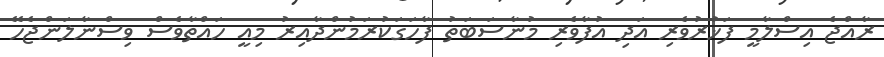
ރާއްޖެ އިސްލާމީ ފަޚުރުވެރި އަދި އުފާވެރި މުނާސަބަތު ފާހަގަކުރަމުންދާއިރު މިއީ ހައްތާވެސް ވިސްނާލަންޖެހޭ